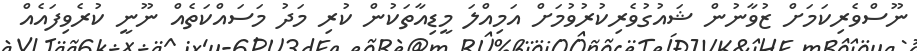
ނޫސްވެރިކަމަށް ޒުވާނުން ޝައުގުވެރިކުރުވުމަށް އަމިއްލަ މީޑިއާތަކުން ކުރި މަދު މަސައްކަތެއް ނޫނީ ކުރެވިފައެއް